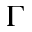
\Gamma